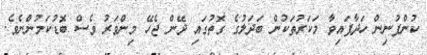
ކުންފުނިން ހަދާފައިވާ މަކަރުތަކުން ބަދަލުގެ ގޮތުގައި ދޭން ޖެހޭ މިންވަރު ވެސް ބޮޑުކަމުންނެވެ.